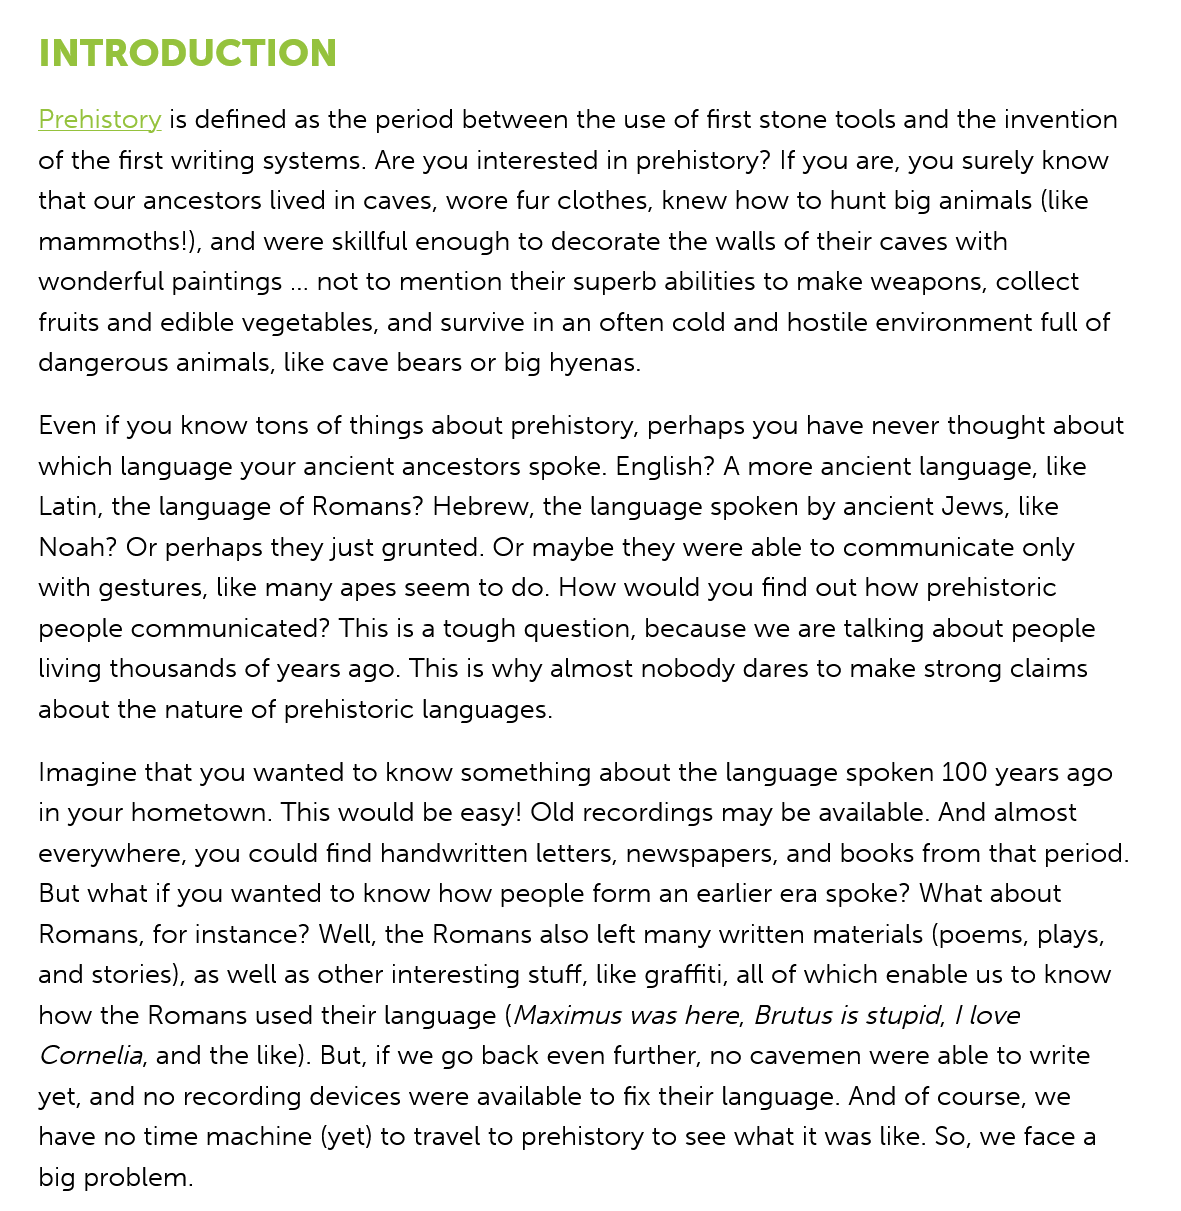
INTRODUCTION
    Prehistory is defined as the period between the use of first stone tools and the invention
   of the first writing systems. Are you interested in prehistory? If you are, you surely know
   that our ancestors lived in caves, wore fur clothes, knew how to hunt big animals (like
   mammoths!),  and were skillful enough to decorate the walls of their caves with
   wonderful paintings
     ...
     not to mention their superb abilities to make weapons, collect
   fruits and edible vegetables, and survive in an often cold and hostile environment full of
   dangerous animals, like cave bears or big hyenas.
    Even if you know tons of things about prehistory, perhaps you have never thought abou
   which language your ancient ancestors spoke. English? A more ancient language, like
    Latin, the language of Romans? Hebrew, the language spoken by ancient Jews, like
    Noah? Or perhaps they just grunted. Or maybe they were able to communicate only
   with gestures, like many apes seem to do. How would you find out how prehistoric
   people communicated?  This is a tough question, because we are talking about people
   living thousands of years ago. This is why almost nobody dares to make strong claims
   about the nature of prehistoric languages.
    Imagine that you wanted to know something about the language spoken 100 years ago
   in your hometown. This would be easy! Old recordings may be available. And almost
   everywhere, you could find handwritten letters, newspapers, and books from that period.
    But what if you wanted to know how people form an earlier era spoke? What about
    Romans, for instance? Well, the Romans also left many written materials (poems, plays,
   and stories), as well as other interesting stuff, like graffiti, all of which enable us to know
   how  the Romans used their language (Maximus was here, Brutus is stupid, | love
    Cornelia, and the like). But, if we go back even further, no cavemen were able to write
   yet, and no recording devices were available to fix their language. And of course, we
   have no time machine (yet) to travel to prehistory to see what it was like. So, we face a
   big problem.